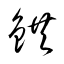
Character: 鉷